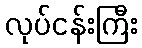
လုပ်ငန်းကြီး